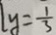
l y = \frac { 1 } { 3 }